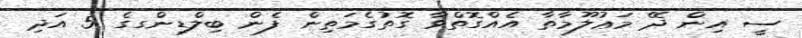
ސީ އިން ދޭ މަޢުލޫމާތާ އެއްގޮތްވާ ގޮތުގެމަތިން ފެން ބިލްޑިންގގެ 5 އަދި